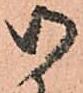
御